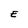
Character: E